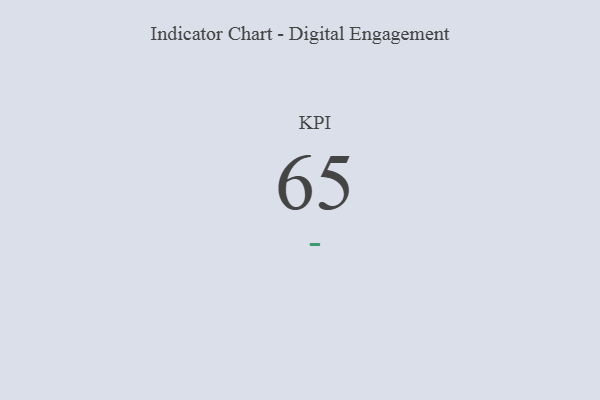
{"axis": {"x": "KPI", "y": "Value"}, "legend": [""], "data": [{"x": "KPI", "y": 65, "type": ""}]}